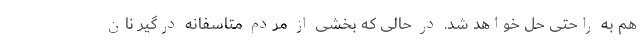
هم به راحتی حل خواهد شد. در حالی که بخشی از مردم متاسفانه درگیر نان